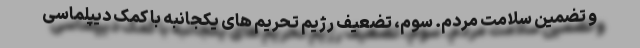
و تضمین سلامت مردم. سوم، تضعیف رژیم تحریم های یکجانبه با کمک دیپلماسی